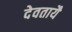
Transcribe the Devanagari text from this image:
देवतायै